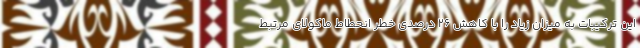
این ترکیبات به میزان زیاد را با کاهش 26 درصدی خطر انحطاط ماکولای مرتبط